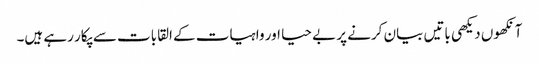
آنکھوں دیکھی باتیں بیان کرنے پر بے حیا اور واہیات کے القابات سے پکار رہے ہیں۔